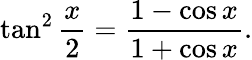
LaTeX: \tan^{2}{\frac{x}{2}}={\frac{1-\cos x}{1+\cos x}}.